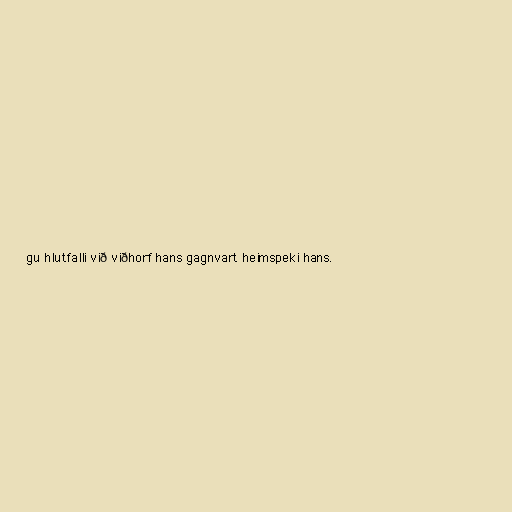
gu hlutfalli við viðhorf hans gagnvart heimspeki hans.